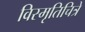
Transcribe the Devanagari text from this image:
विस्मृतिचित्रे